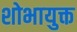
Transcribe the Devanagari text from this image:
शोभायुक्त